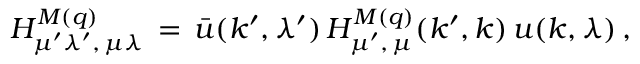
{ \cal H } _ { \mu ^ { \prime } \lambda ^ { \prime } , \, \mu \lambda } ^ { M ( q ) } \, = \, \bar { u } ( k ^ { \prime } , \lambda ^ { \prime } ) \, H _ { \mu ^ { \prime } , \, \mu } ^ { M ( q ) } ( k ^ { \prime } , k ) \, u ( k , \lambda ) \, ,